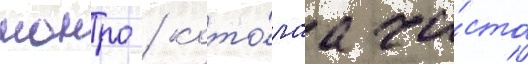
монро / кото́раа ча́сто